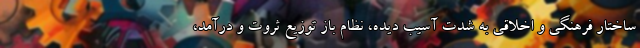
ساختار فرهنگی و اخلاقی به شدت آسیب دیده، نظام باز توزیع ثروت و درآمد،